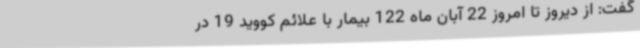
گفت: از دیروز تا امروز 22 آبان ماه 122 بیمار با علائم کووید 19 در